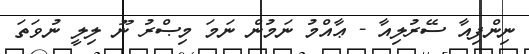
ނިންފިއާ ސޭރުލިއާ - ޢާއްމު ނަމުން ނަމަ މިޞްރު ނޫ ލިލީ ނުވަތަ